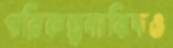
পরিকল্পনাবিদও